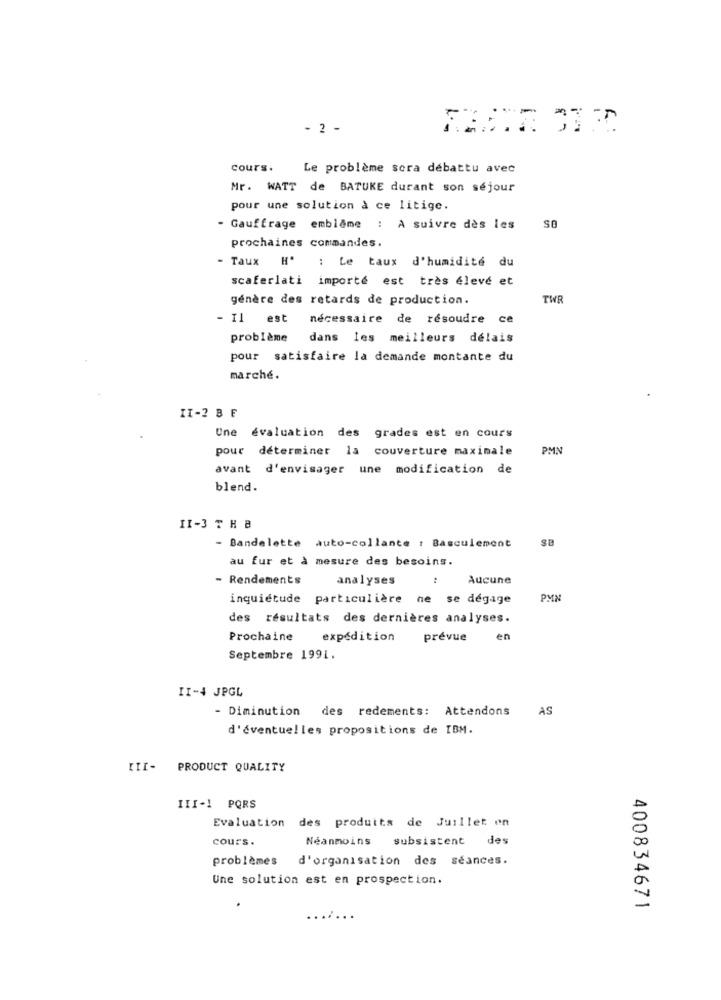
- 2 -
cours.
Le problème sora debattu avec
Mr. WATT de BATUKE durant son séjour
pour une solution à ce litige.
- Gauffrage emblame : A suivre des les
SO
prochaines commandes.
- Taux H*
:Le taux d'humidité du
scaferlati importé est très élevé et
génère des retards de production.
TWR
- Il est nécessaire de résoudre ce
problème dans les meilleurs délais
pour satisfaire la demande montante du
marché.
II-2 BE
Une évaluation des grades est en cours
pour déterminer la couverture maximale
PMN
avant d'envisager une modification de
blend.
II-3 TH B
sB
- Bandelette auto-collante : Basculement
au fur et à mesure des besoins.
- Rendements
analyses
:
Aucune
inquiétude particulière ne se dégage
PMN
des résultats des dernières analyses.
Prochaine
expédition
prévue
en
Septembre 1991.
II-4 JPGL
- Diminution des redements: Attendons AS
d'éventuelles propositions de IBM.
III- PRODUCT QUALITY
III-1 PQRS
Evaluation des produits de Juillet on
cours .
Néanmoins
subsistent des
problèmes
d'organisation des séances.
Une solution est en prospection.
400834671
.....